Indian journal of veterinary science and animal husbandry - Volumes 28-29, 1958-1959
Year: 1958
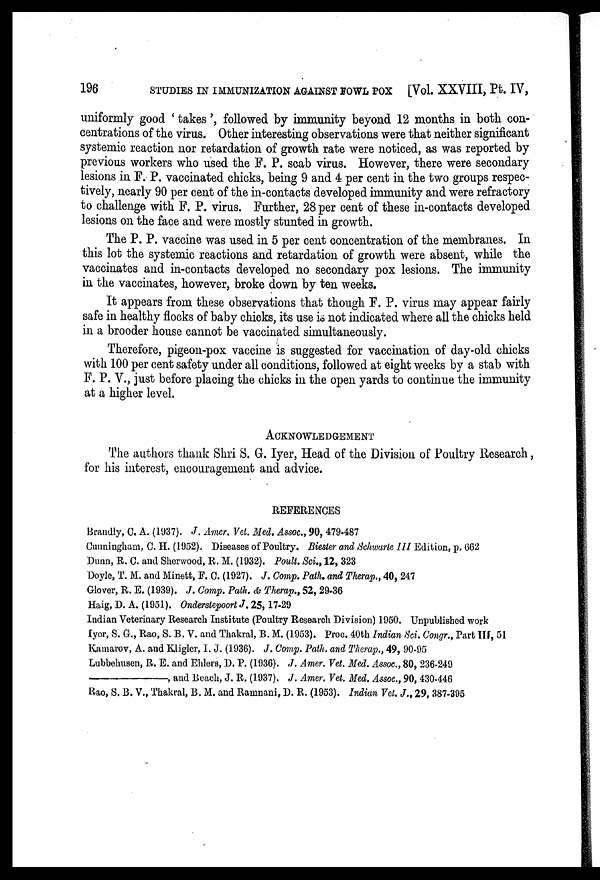
196
STUDIES IN IMMUNIZATION AGAINST FOWL POX [Vol. XXVIII, Pt. IV,
uniformly good ' takes', followed by immunity beyond 12 months in both con-
centrations of the virus. Other interesting observations were that neither significant
systemic reaction nor retardation of growth rate were noticed, as was reported by
previous workers who used the F. P. scab virus. However, there were secondary
lesions in F. P. vaccinated chicks, being 9 and 4 per cent in the two groups respec-
tively, nearly 90 per cent of the in-contacts developed immunity and were refractory
to challenge with F. P. virus. Further, 28 per cent of these in-contacts developed
lesions on the face and were mostly stunted in growth.
The P. P. vaccine was used in 5 per cent concentration of the membranes. In
this lot the systemic reactions and retardation of growth were absent, while the
vaccinates and in-contacts developed no secondary pox lesions. The immunity
in the vaccinates, however, broke down by ten weeks.
It appears from these observations that though F. P. virus may appear fairly
safe in healthy flocks of baby chicks, its use is not indicated where all the chicks held
in a brooder house cannot be vaccinated simultaneously.
Therefore, pigeon-pox vaccine is suggested for vaccination of day-old chicks
with 100 per cent safety under all conditions, followed at eight weeks by a stab with
F. P. V., just before placing the chicks in the open yards to continue the immunity
at a higher level.
ACKNOWLEDGEMENT
The authors thank Shri S. G. Iyer, Head of the Division of Poultry Research,
for his interest, encouragement and advice.
REFERENCES
Brandly, C. A. (1937). J. Amer. Vet. Med. Assoc., 90, 479-487
Cunningham, C. H. (1952). Diseases of Poultry. Biester and Sehwarte III Edition, p. 662
Dunn, R. C. and Sherwood, R. M. (1932). Poult. Sci., 12, 323
Doyle, T. M. and Minett, F. C. (1927). J. Comp. Path. and Therap., 40, 247
Glover, R. E. (1939). J. Comp. Path. & Therap., 52, 29-36
Haig, D. A. (1951). Onderstepoort J. 25, 17-29
Indian Veterinary Research Institute (Poultry Research Division) 1950. Unpublished work
Iyer, S. G., Rao, S. B. V. and Thakral, B. M. (1953). Proc. 40th Indian Sci. Congr., Part III, 51
Kamarov, A. and Kligler, I. J. (1936). J. Comp. Path, and Therap., 49, 90-95
Lubbehusen, R. E. and Ehlers, D. P. (1936). J. Amer. Vet. Med. Assoc, 80, 236-249
—,
and Beach, J. R. (1937). J. Amer. Vet. Med. Assoc., 90, 430-446
Rao, S. B. V., Thakral, B. M. and Ramnani, D. R. (1953). Indian Vet. J., 29, 387-395